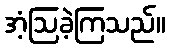
အံ့ဩခဲ့ကြသည်။